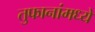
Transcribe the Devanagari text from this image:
तुफानांमध्ये